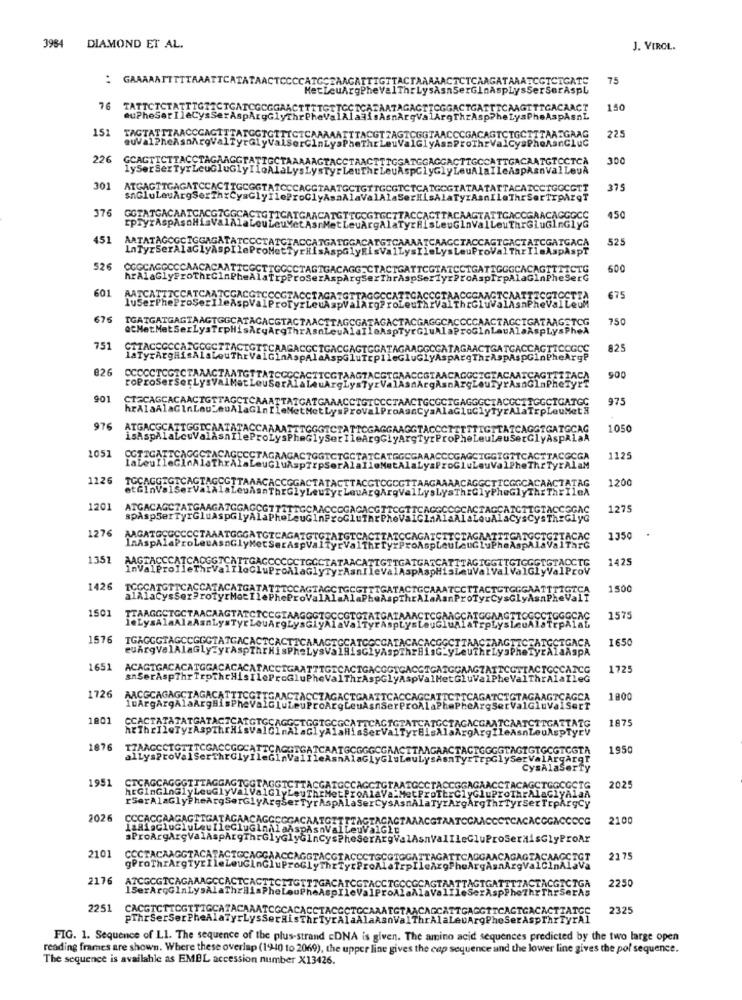
396
DIAMOND ET AL.
J. VIROL.
GAAAAATTTTTAAATTCATATAACTCCCCATGCEAAGAIT
TACT
MAAAACTCTCAAGATAAATCGTCTGATC
75
HetLeuArgPhe
ThrLysAsnSerGlnAspLysSerSerAspL
76
TATTCTCTATTTGTRCTGATCGCGGAACT
TGACAACT
150
eu?heSer IleCysSerAspArgGlyThre
SAL
151
TAGTATTTAACCCAGIT
TOGT
225
euVal?heAsnArgValTy
226
GCAGTICTTACCTAGAAGG
lySer SexTyrLeuGluG1
301
ATGAGTTGAGATCCACTT
375
snGluLeuArgSerThxC
376
GGTATGACAATCACGTGG
cpryrAsPASOHisVa
450
451
ARTATAGOGCTGGAGA
ATGACA
525
InTyrSerAlaGly
ASPT
526
CGGCAGGCCCAACACA
600
hrAlaGlyFroThrCl
601
AATCATTICCATCAATO
luSerPheProSerIl.
675
676
TGATGATGAGTAAGTGGC
750
@CHet Met SerLysTrpH
751
CTTAC
CTGATCACCAGT
825
AspAspGinP
826
CCCCCTCGICTAAA
roProSerSerLyst
900
901
CIZCAGCACAACTG
ATGC
975
HetH
976
ATGACGCAT
TGATGCA
1050
isAspÃlaL
1051
COTTGATTC
LaLeuIleG
CCCGAGCIGG
GCGA
1125
AlaM
1126
TOCAGGE
1200
etGlnVals
1201
ATGACAGC?
1275
spAspSer
1276
AAGATGÇOC
InÅspålal
1350
1351
1425
1426
ICCCAT
150
TTAAGGCTGCTAACAAGTATCTCCGTARGGG
1575
leLysAlaAlaAsnLysTyr LouArgLysGl
1576
TGAGGGTAGCCGGCTATGACACTCACTICAR
1650
euArgValAlaGlyTyrAspThrHisPheLy
1651
ACAGTGACACATGGACACACATACCIGAATT
725
&nSerAspThrTroThtHisIleProGluPh
1726
AACGCAGAGCTAGACATTTCGTTGAACTACC
1800
luArgArgAlaArgHisPheValGluLeuPt
1aAr
1801
CCACTATATATGATACTCATGTGCAGGETGG
1875
1876
TTAAGCCIGT
195
altyspr
1951
CTCAGCAGGGTTTAGGA
hrGinGlnGlyLeuGly
2025
rSerAl&GlyPheArgS
2026
CCCACCAAGAGTIGATA
2100
sProArgAreValAspA
2101
CCCTACAAGGTACATAC
217
gProThrArgTyrIl
2176
ATCGCGICAGAAACCCAC
2250
15erArqGinLysAlaTh
2251
CACGTCTTCGTTTGCA?
AGCATTO
CACTCACACTTATCC
2325
PThrSerSer PheAlaTyrLysSerHisThr
sSeraisThrTyrAl
ThrAlaLeuArgPheSerAspIhrTyrAl
FIG. 1. Sequence of Ll. The sequence of the plus-strand cDNA is given. The amino acid sequences predicted by the two large open
reading frames are shown. Where these overlap (19940 to 2069), the upper line gives the cap sequence and the lower line gives the pol sequence.
The sequence is available as EMBL accession number X13426.